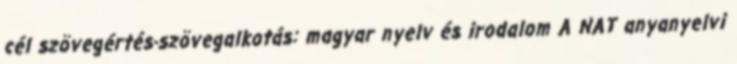
cél szövegértés-szövegalkotás: magyar nyelv és irodalom A NAT anyanyelvi